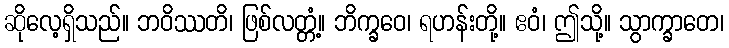
ဆိုလေ့ရှိသည်။ ဘဝိဿတိ၊ ဖြစ်လတ္တံ့။ ဘိက္ခဝေ၊ ရဟန်းတို့။ ဧဝံ၊ ဤသို့။ သွာက္ခာတေ၊